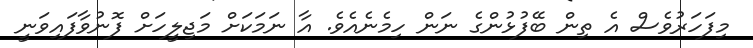
މިފަހަރުވެސް އެ ތިން ބޭފުޅުންގެ ނަން ހިމެނެއެވެ. އާ ނަމަކަށް މަޖިލީހަށް ފޮނުވާފައިވަނީ